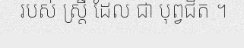
របស់ ស្ត្រី ដែល ជា បុព្វជិត ។